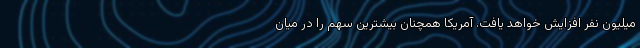
میلیون نفر افزایش خواهد یافت. آمریکا همچنان بیشترین سهم را در میان